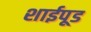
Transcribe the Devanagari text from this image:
शाईपूड